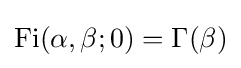
\operatorname {Fi} (\alpha ,\beta ;0)=\Gamma (\beta )